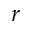
r